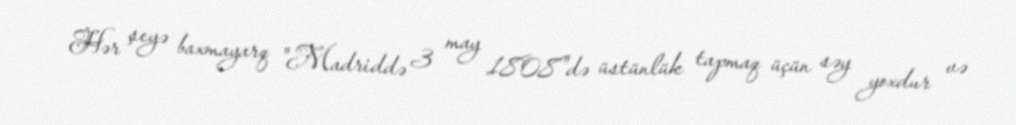
Hər şeyə baxmayarq "Madriddə 3 may 1808"də üstünlük tapmaq üçün səy yoxdur və